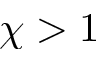
\chi > 1